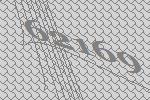
62169